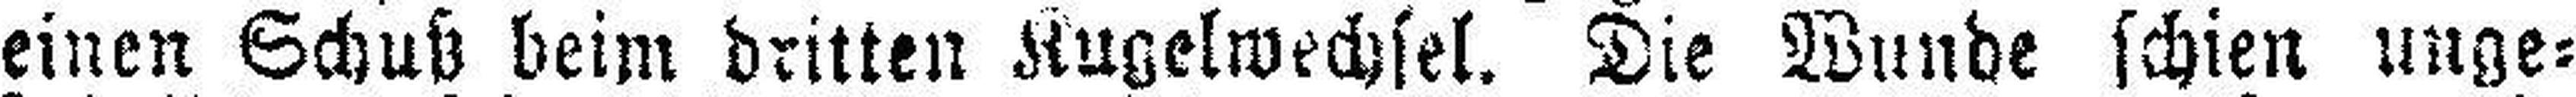
einen Schuß beim dritten Kugelwechsel. Die Wunde schien unge¬